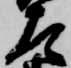
左